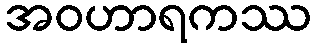
အဝဟာရကဿ